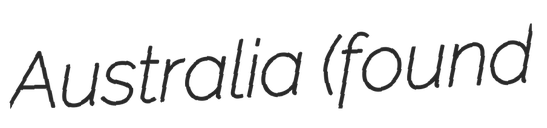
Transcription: Australia (found